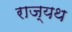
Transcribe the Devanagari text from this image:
राज्यथ